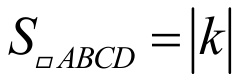
\(S_{\square ABCD}=\vert k\vert\)